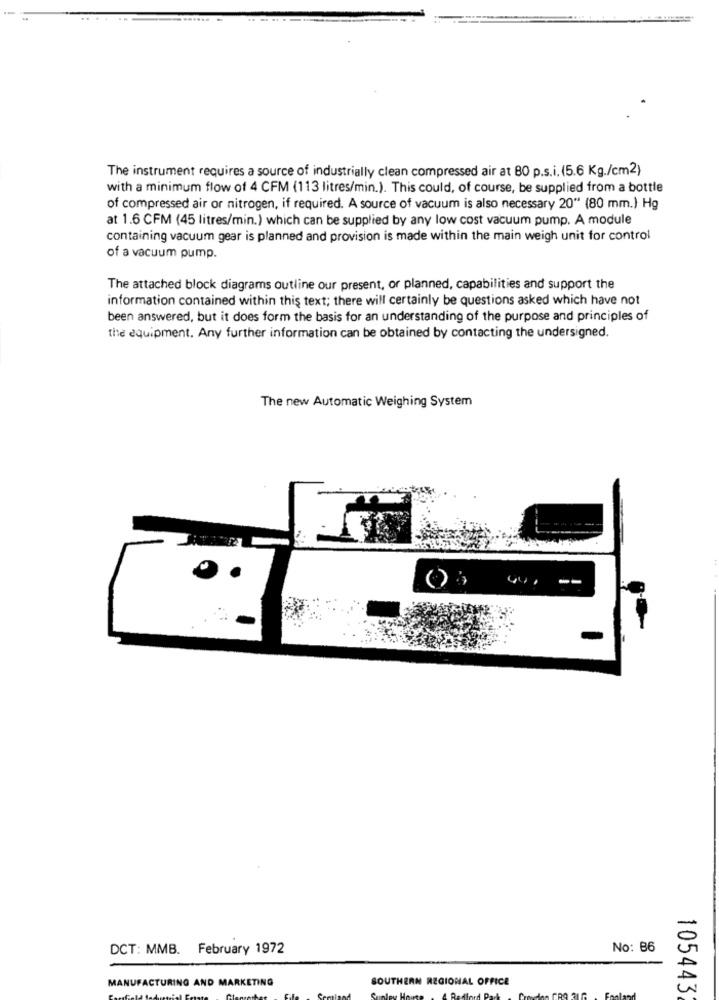
The instrument requires a source of industrially clean compressed air at 80 p.s.i. (5.6 Kg./cm2)
with a minimum flow of 4 CFM (113 litres/min.). This could, of course, be supplied from a bottle
of compressed air or nitrogen, if required. A source of vacuum is also necessary 20" (80 mm.) Hg
at 1.6 CFM (45 litres/min.) which can be supplied by any low cost vacuum pump. A module
containing vacuum gear is planned and provision is made within the main weigh unit for control
of a vacuum pump.
The attached block diagrams outline our present, or planned, capabilities and support the
information contained within this text; there will certainly be questions asked which have not
been answered, but it does form the basis for an understanding of the purpose and principles of
the equipment. Any further information can be obtained by contacting the undersigned.
The new Automatic Weighing System
--
DCT: MMB. February 1972
No: 86
MANUFACTURING AND MARKETING
SOUTHERN REGIONAL OFFICE
105443